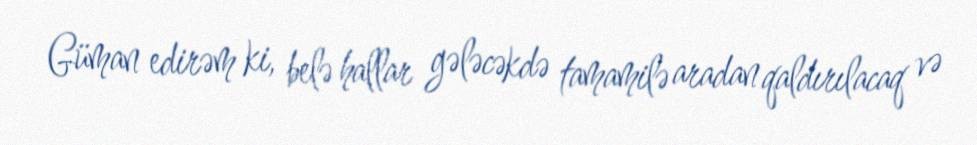
Güman edirəm ki, belə hallar gələcəkdə tamamilə aradan qaldırılacaq və